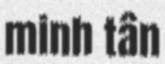
minh tân